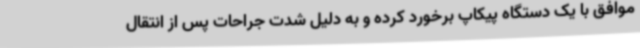
موافق با یک دستگاه پیکاپ برخورد کرده و به دلیل شدت جراحات پس از انتقال